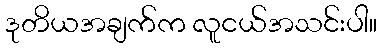
ဒုတိယအချက်က လူငယ်အသင်းပါ။